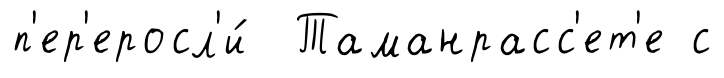
п'ер'еросл'и́ Таманрасс'ет'е с